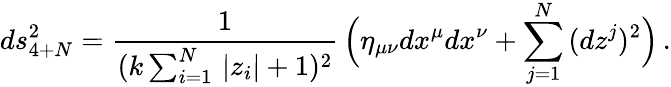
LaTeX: ds_{4+N}^{2}=\frac{1}{(k\sum_{i=1}^{N}\, |z_{i}|+1)^{2}}\, \Big(\eta_{\mu\nu}dx^{\mu}dx^{\nu}+\sum_{j=1}^{N}\, (dz^{j})^{2}\Big)\, .